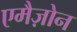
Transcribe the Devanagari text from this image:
एमैज़ोन